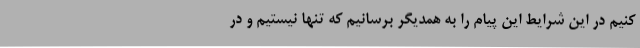
کنیم در این شرایط این پیام را به همدیگر برسانیم که تنها نیستیم و در